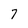
Character: 7